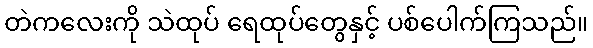
တဲကလေးကို သဲထုပ် ရေထုပ်တွေနှင့် ပစ်ပေါက်ကြသည်။